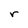
Character: r